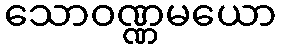
သောဝဏ္ဏမယော